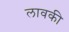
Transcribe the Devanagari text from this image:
लावकी